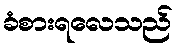
ခံစားရလေသည်